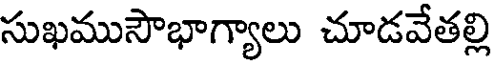
సుఖముసౌభాగ్యాలు చూడవేతల్లి